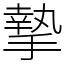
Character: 摯